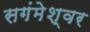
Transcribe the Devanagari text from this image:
सगंमेश्वर